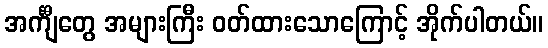
အင်္ကျီတွေ အများကြီး ဝတ်ထားသောကြောင့် အိုက်ပါတယ်။